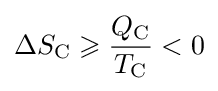
\Delta S_{\text{C}}\geqslant {\frac {Q_{\text{C}}}{T_{\text{C}}}}<0